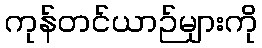
ကုန်တင်ယာဉ်များကို